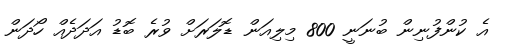
އެ ކުންފުނިން ބުނަނީ 800 މިލިއަން ޑޮލަރަށް ވުރެ ބޮޑު އަދަދެއް ހޯދަން